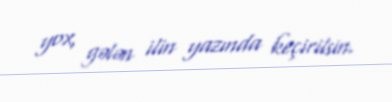
yox, gələn ilin yazında keçirilsin.